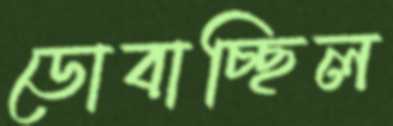
ডোবাচ্ছিল